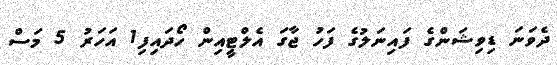
ދެވަނަ ޑިވިޝަންގެ ފައިނަލުގެ ފަހު ޖާގަ އެލްޓީއިން ހޯދައިފި1 އަހަރު 5 މަސް